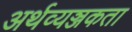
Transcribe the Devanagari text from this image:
अर्थव्यञ्जकता